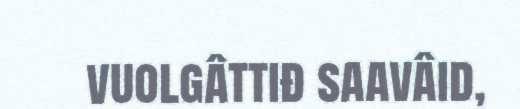
vuolgâttiđ saavâid,